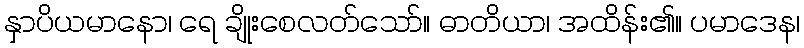
နှာပိယမာနော၊ ရေ ချိုးစေလတ်သော်။ ဓာတိယာ၊ အထိန်း၏။ ပမာဒေန၊